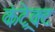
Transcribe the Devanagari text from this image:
कंट्रेक्ट